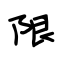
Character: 限